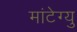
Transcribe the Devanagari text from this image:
मांटेग्यु